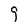
Character: 9